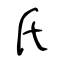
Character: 氏